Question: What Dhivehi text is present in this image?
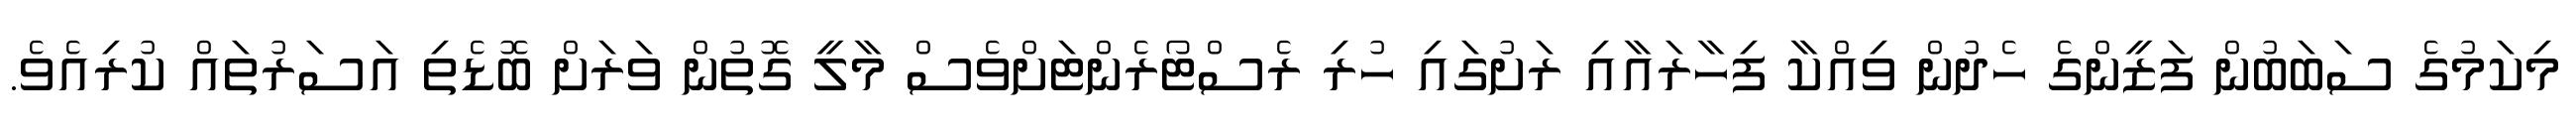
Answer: މިކަމުގެ ސަބަބުން ފަޒީންގެ ހެދުން ވިއްކާ ފިހާރައާއި ރަށުގައި ހުރި ރެސްޓޯރެންޓަށްވެސް މާލީ ގޮތުން ވަރަށް ބޮޑެތި އަސަރުތައް ކުރިއެވެ.